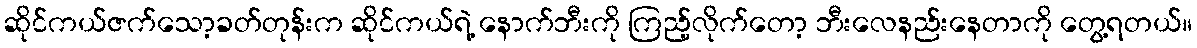
ဆိုင်ကယ်ဇက်သော့ခတ်တုန်းက ဆိုင်ကယ်ရဲ့ နောက်ဘီးကို ကြည့်လိုက်တော့ ဘီးလေနည်းနေတာကို တွေ့ရတယ်။